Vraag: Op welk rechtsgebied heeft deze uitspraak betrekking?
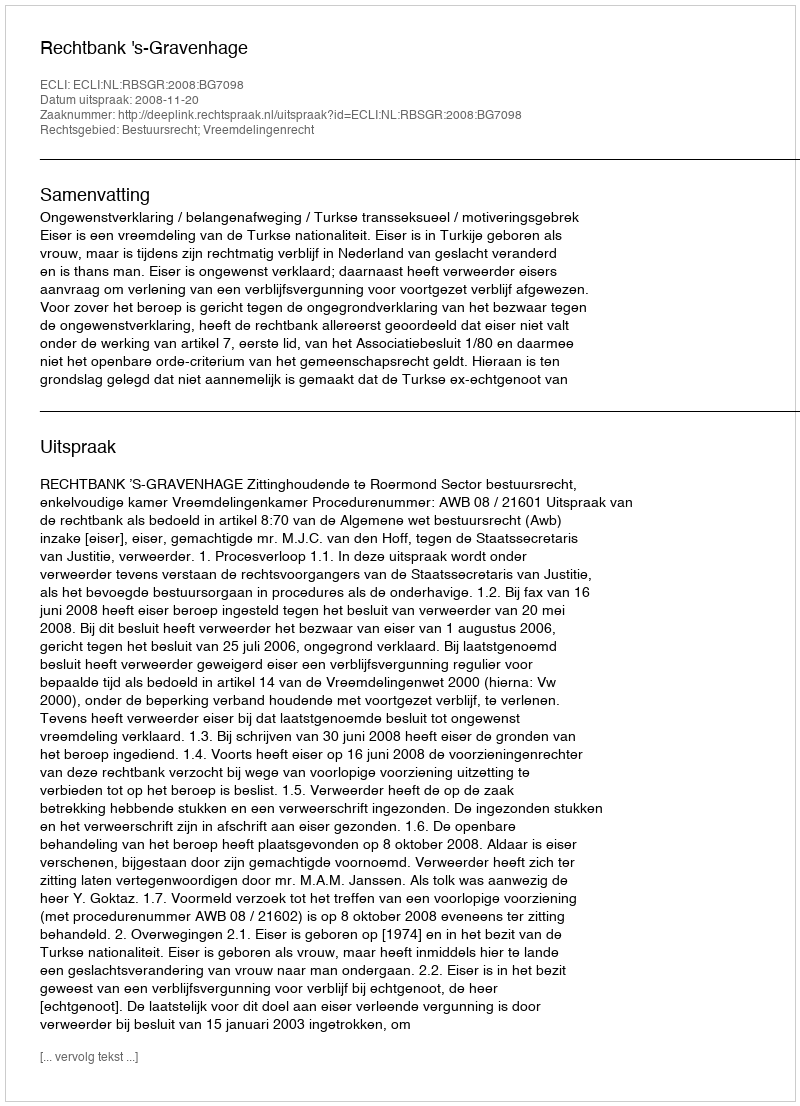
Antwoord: Bestuursrecht; Vreemdelingenrecht